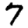
Digit: 7